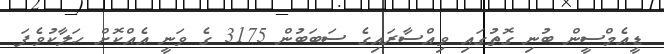
ޑީއެމްސީން ބުނި ގޮތުގައި ވިއްސާރައިގެ ސަބަބުން 3175 ގެ ވަނީ އެއްކޮށް ހަލާކުވެފަ